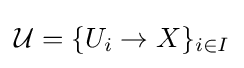
{\mathcal {U}}=\{U_{i}\to X\}_{i\in I}